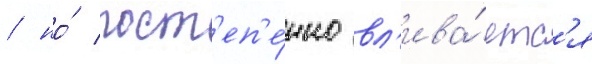
/ но́ пост'еп'е́нно вл'ива́етс'я